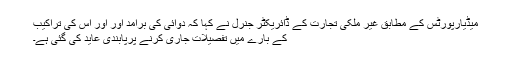
میڈیارپورٹس کے مطابق غیر ملکی تجارت کے ڈائریکٹر جنرل نے کہا کہ دوائی کی برآمد اور اور اس کی تراکیب
کے بارے میں تفصیلات جاری کرنے پرپابندی عاید کی گئی ہے۔